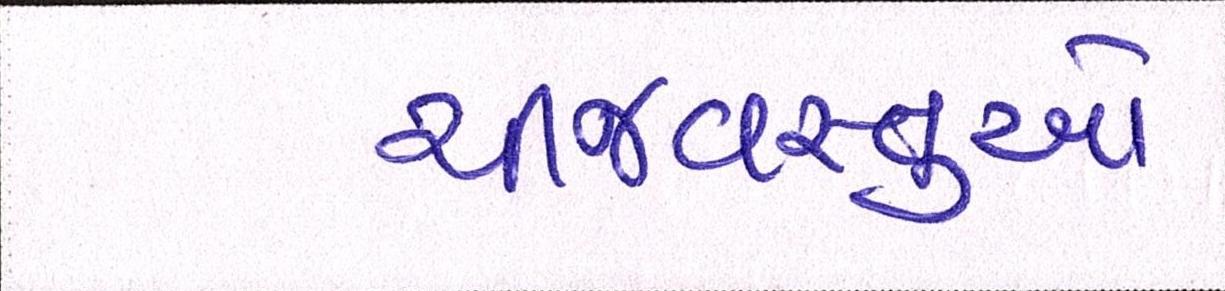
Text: ચીજવસ્તુઓ